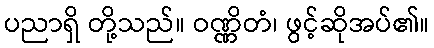
ပညာရှိ တို့သည်။ ဝဏ္ဏိတံ၊ ဖွင့်ဆိုအပ်၏။